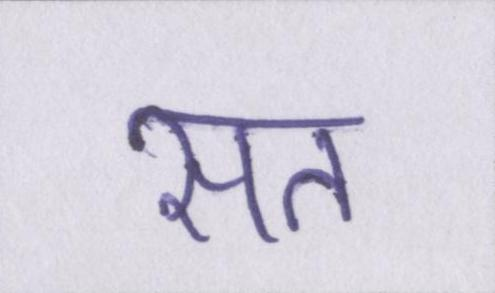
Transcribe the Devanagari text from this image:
सत